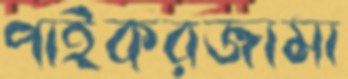
পাইকরজামা